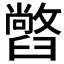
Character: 𦦢